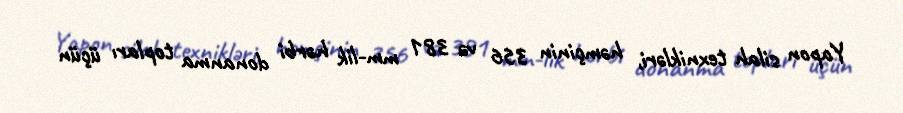
Yapon silah texnikləri, həmçinin 356 və 381 mm-lik hərbi donanma topları üçün